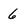
Character: 6